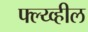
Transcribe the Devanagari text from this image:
फ्ल्य्व्हील